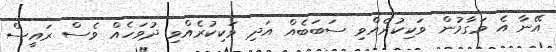
އޭނާ އެ މަގާމުން ވަކިކުރެއްވި ސަބަބެއް އަދި ވަކިކުރެއްވި ދުވަހެއް ވެސް ރައީސް